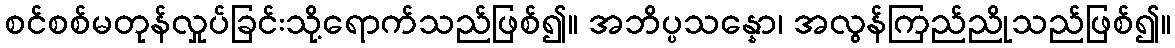
စင်စစ်မတုန်လှုပ်ခြင်းသို့ရောက်သည်ဖြစ်၍။ အဘိပ္ပသန္နော၊ အလွန်ကြည်ညိုသည်ဖြစ်၍။